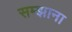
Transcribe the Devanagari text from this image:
सम्झाना